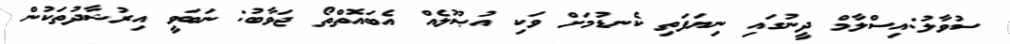
ސުވާލު:އިސްލާމް ދީނުގައި ނިޔަފަތި ކެނޑުމަށް ވަކި އުޞޫލެއް އެބައޮތްތޯ ޖަވާބު: ނަބަވީ އިރުޝާދުތަކުން